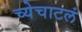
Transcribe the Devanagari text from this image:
च्येचाटलं